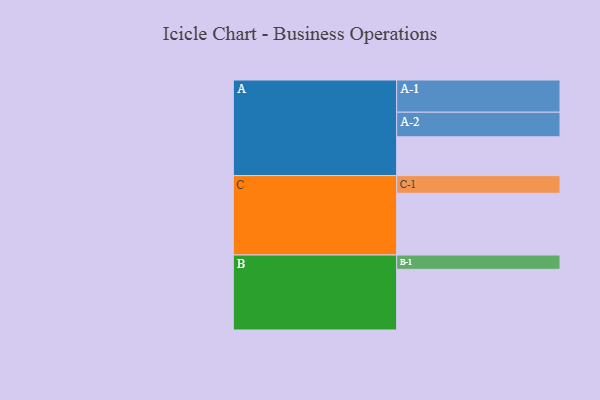
{"axis": {"x": "Segment", "y": "Value"}, "legend": ["", "A", "B", "C"], "data": [{"x": "A", "y": 331, "type": ""}, {"x": "B", "y": 518, "type": ""}, {"x": "C", "y": 527, "type": ""}, {"x": "A-1", "y": 275, "type": "A"}, {"x": "A-2", "y": 210, "type": "A"}, {"x": "B-1", "y": 122, "type": "B"}, {"x": "C-1", "y": 151, "type": "C"}]}